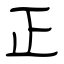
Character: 正